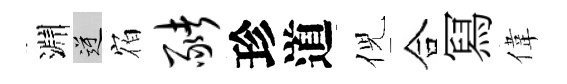
淵逆𪧐猪珍道倪合冩偉